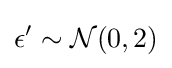
\epsilon '\sim {\mathcal {N}}(0,2)